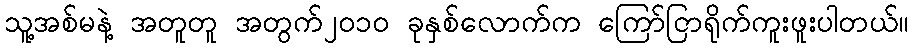
သူ့အစ်မနဲ့ အတူတူ အတွက်၂၀၁၀ ခုနှစ်လောက်က ကြော်ငြာရိုက်ကူးဖူးပါတယ်။